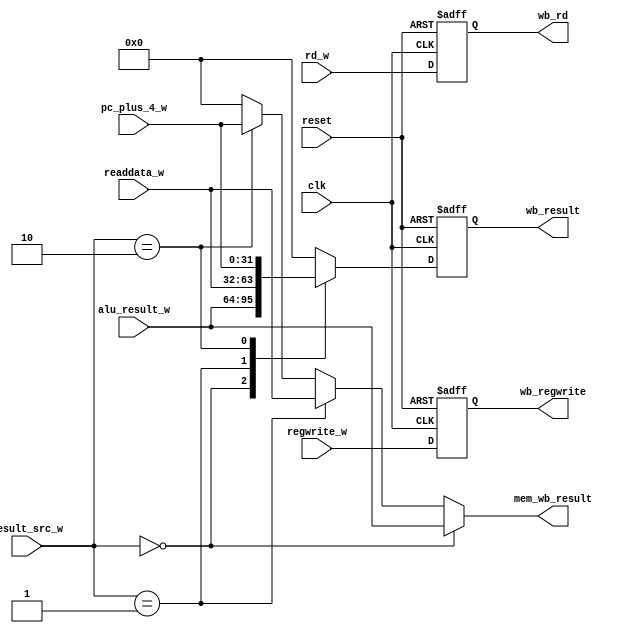
module WB (
           input              clk,
           input              reset,
           input              regwrite_w,
           input [1:0]        result_src_w,
           input [31:0]       alu_result_w,
           input [31:0]       readdata_w,
           input [4:0]        rd_w,
           input [31:0]       pc_plus_4_w,
           // output
           output reg         wb_regwrite,
           output reg [4:0]   wb_rd,
           output reg [31:0]  wb_result,
           output wire [31:0] mem_wb_result
           );

   assign mem_wb_result = (result_src_w == 2'b00) ? alu_result_w :
                          (result_src_w == 2'b01) ? readdata_w :
                          (result_src_w == 2'b10) ? pc_plus_4_w :
                          32'b0; // default case

   always @(posedge clk or posedge reset) begin
      if (reset) begin
         wb_regwrite <= 1'b0;
         wb_rd <= 5'b0;
         wb_result <= 32'b0; // Initialize to zero on reset
      end else begin
         wb_regwrite <= regwrite_w;
         wb_rd <= rd_w;

         // MUX for result_src
         case(result_src_w)
           2'b00: wb_result <= alu_result_w;
           2'b01: wb_result <= readdata_w;
           2'b10: wb_result <= pc_plus_4_w;
           default: wb_result <= 32'b0; // Default case for safety
         endcase
      end
   end
endmodule

// module WB (
//            input             clk,
//            input             reset,
//            input             regwrite_w,
//            input [1:0]       result_src_w,
//            input [31:0]      alu_result_w,
//            input [31:0]      readdata_w,
//            input [4:0]       rd_w,
//            input [31:0]      pc_plus_4_w,
//            // output
//            output reg        wb_regwrite,
//            output reg [4:0]  wb_rd,
//            output reg [31:0] wb_result
//            );

//    always @(posedge clk or posedge reset) begin
//    // always @(*) begin
//       if (reset) begin
//          wb_regwrite <= 1'b0;
//          wb_rd <= 5'b0;
//          wb_result <= 32'b0; // Initialize to zero on reset
//       end else begin
//          wb_regwrite <= regwrite_w;
//          wb_rd <= rd_w;

//          // MUX for result_src
//          case(result_src_w)
//             2'b00: wb_result <= alu_result_w;
//             2'b01: wb_result <= readdata_w;
//             2'b10: wb_result <= pc_plus_4_w;
//             default: wb_result <= 32'b0; // Default case for safety
//          endcase
//       end
//    end

// endmodule